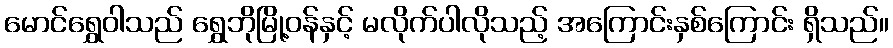
မောင်ရွှေဝါသည် ရွှေဘိုမြို့ဝန်နှင့် မလိုက်ပါလိုသည့် အကြောင်းနှစ်ကြောင်း ရှိသည်။